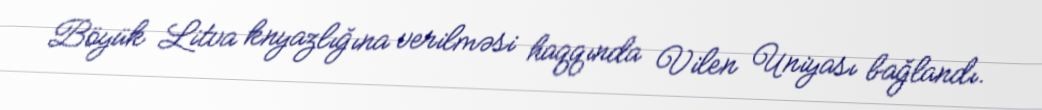
Böyük Litva knyazlığına verilməsi haqqında Vilen Uniyası bağlandı.